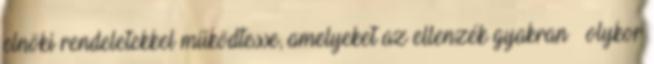
elnöki rendeletekkel működtesse, amelyeket az ellenzék gyakran – olykor